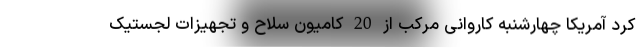
کرد آمریکا چهارشنبه کاروانی مرکب از 20 کامیون سلاح و تجهیزات لجستیک